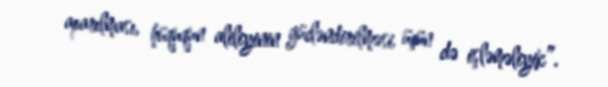
aparılması, hüququn aliliyinin gücləndirilməsi üçün də işləməliyik”.